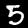
Digit: 5